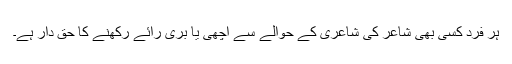
ہر فرد کسی بھی شاعر کی شاعری کے حوالے سے اچھی یا بری رائے رکھنے کا حق دار ہے۔